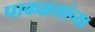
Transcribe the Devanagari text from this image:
पाकळयांच्या